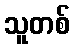
သူတစ်